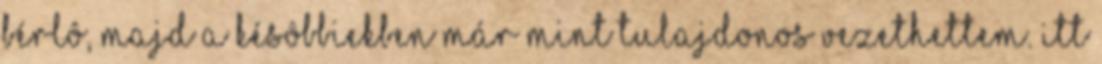
bérlô, majd a késôbbiekben már mint tulajdonos vezethettem. Itt